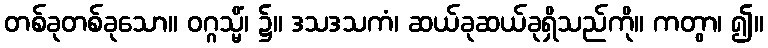
တစ်ခုတစ်ခုသော။ ဝဂ္ဂသ္မိံ၊ ၌။ ဒသဒသကံ၊ ဆယ်ခုဆယ်ခုရှိသည်ကို။ ကတွာ၊ ၍။